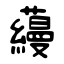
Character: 蘰